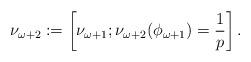
LaTeX: \begin{align*}\nu_{\omega+2}:=\left[\nu_{\omega+1};\nu_{\omega+2}(\phi_{\omega+1})=\frac{1}{p}\right].\end{align*}